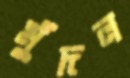
মুঁদল